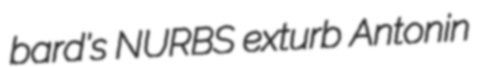
bard's NURBS exturb Antonin